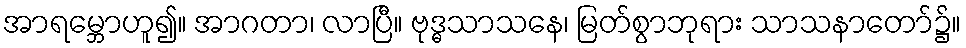
အာရမ္ဘောဟူ၍။ အာဂတာ၊ လာပြီ။ ဗုဒ္ဓသာသနေ၊ မြတ်စွာဘုရား သာသနာတော်၌။